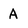
Character: A